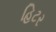
હિટર